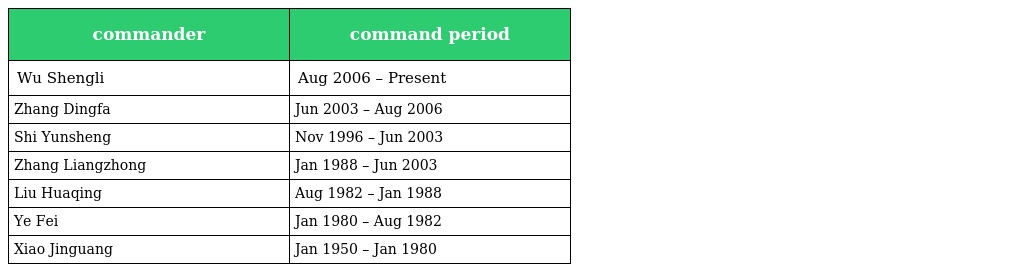
| commander | command period |
 | --- | --- |
 | Wu Shengli | Aug 2006 – Present |
 | Zhang Dingfa | Jun 2003 – Aug 2006 |
 | Shi Yunsheng | Nov 1996 – Jun 2003 |
 | Zhang Liangzhong | Jan 1988 – Jun 2003 |
 | Liu Huaqing | Aug 1982 – Jan 1988 |
 | Ye Fei | Jan 1980 – Aug 1982 |
 | Xiao Jinguang | Jan 1950 – Jan 1980 |